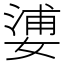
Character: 㜑